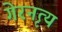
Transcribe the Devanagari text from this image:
गेरनृत्य